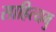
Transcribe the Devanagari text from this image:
साहित्यमु